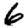
Digit: 6